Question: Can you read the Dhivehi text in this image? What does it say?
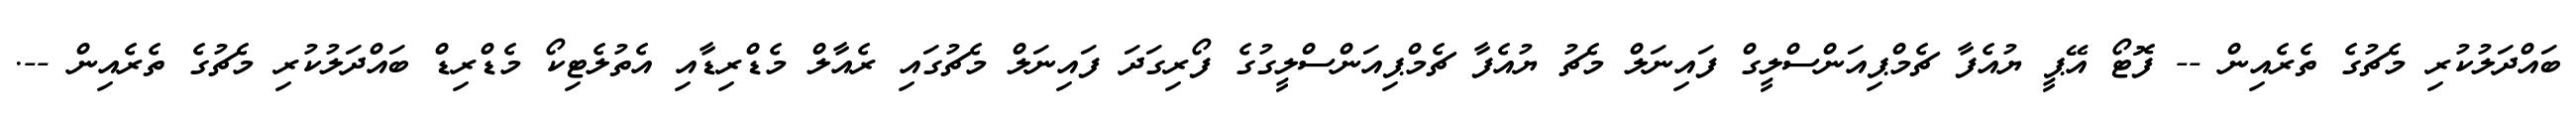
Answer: ބައްދަލުކުރި މެޗުގެ ތެރެއިން -- ފޮޓޯ އޭޕީ ޔުއެފާ ޗެމްޕިއަންސްލީގް ފައިނަލް މެޗު ޔުއެފާ ޗެމްޕިއަންސްލީގުގެ ފޯރިގަދަ ފައިނަލް މެޗުގައި ރެއާލް މެޑްރިޑާއި އެތުލެޓިކޯ މެޑްރިޑް ބައްދަލުކުރި މެޗުގެ ތެރެއިން --.